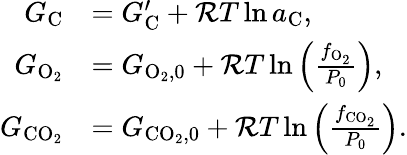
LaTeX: \begin{array}{rl}{G_{\mathrm{C}}}&{=G_{\mathrm{C}}^{\prime}+{\cal R}T\ln{a_{\mathrm{C}}},}\\ {G_{\mathrm{O_{2}}}}&{=G_{\mathrm{O_{2},0}}+{\cal R}T\ln{\left(\frac{f_{\mathrm{O_{2}}}}{P_{0}}\right)},}\\ {G_{\mathrm{CO_{2}}}}&{=G_{\mathrm{CO_{2},0}}+{\cal R}T\ln{\left(\frac{f_{\mathrm{CO_{2}}}}{P_{0}}\right)}.}\end{array}